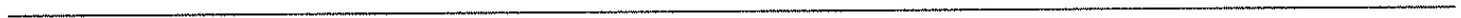
___